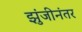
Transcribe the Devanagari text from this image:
झुंजीनंतर